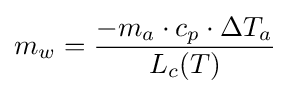
m_{w}={\frac {-m_{a}\cdot c_{p}\cdot \Delta T_{a}}{L_{c}(T)}}